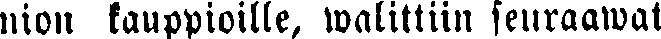
nion kauppioille, walittiin seuraawat